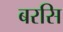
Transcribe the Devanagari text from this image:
बरसि